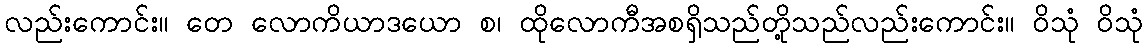
လည်းကောင်း။ တေ လောကိယာဒယော စ၊ ထိုလောကီအစရှိသည်တို့သည်လည်းကောင်း။ ဝိသုံ ဝိသုံ